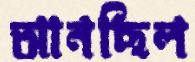
আনছিল